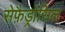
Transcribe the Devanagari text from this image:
सेफ़ैड्रोसिल